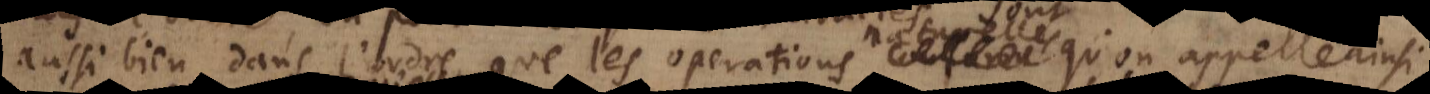
aussi bien dans l’ordre que les operations naturelles,